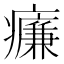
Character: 𤻑